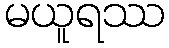
မယူရဿ